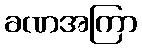
ခဏအကြာ